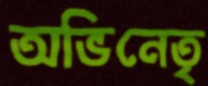
অভিনেতৃ